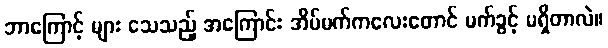
ဘာကြောင့် များ သေသည့် အကြောင်း အိပ်မက်ကလေးတောင် မက်ခွင့် မရှိတာလဲ။